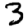
Digit: 3